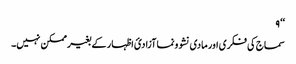
‘‘ ۹
سماج کی فکری اور مادی نشوونما آزادئ اظہار کے بغیر ممکن نہیں۔